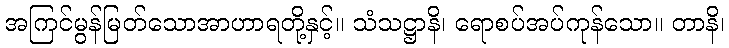
အကြင်မွန်မြတ်သောအာဟာရတို့နှင့်။ သံသဋ္ဌာနိ၊ ရောစပ်အပ်ကုန်သော။ တာနိ၊